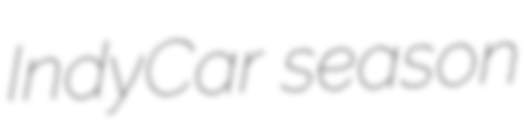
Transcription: IndyCar season